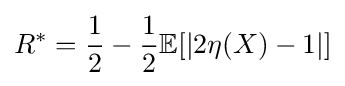
R^{*}={\frac {1}{2}}-{\frac {1}{2}}\mathbb {E} [|2\eta (X)-1|]